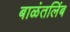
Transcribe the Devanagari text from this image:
बाळंतलिंब